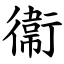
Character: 衞